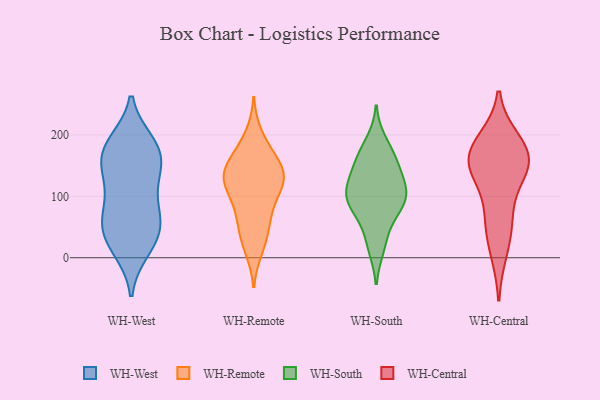
{"axis": {"x": "Shipments", "y": "Value"}, "legend": ["WH-Central", "WH-Remote", "WH-South", "WH-West"], "data": [{"x": "", "y": 96, "type": "WH-West"}, {"x": "", "y": 66, "type": "WH-West"}, {"x": "", "y": 149, "type": "WH-West"}, {"x": "", "y": 148, "type": "WH-West"}, {"x": "", "y": 53, "type": "WH-West"}, {"x": "", "y": 184, "type": "WH-West"}, {"x": "", "y": 181, "type": "WH-West"}, {"x": "", "y": 183, "type": "WH-West"}, {"x": "", "y": 44, "type": "WH-West"}, {"x": "", "y": 35, "type": "WH-West"}, {"x": "", "y": 115, "type": "WH-West"}, {"x": "", "y": 138, "type": "WH-West"}, {"x": "", "y": 188, "type": "WH-West"}, {"x": "", "y": 158, "type": "WH-West"}, {"x": "", "y": 51, "type": "WH-West"}, {"x": "", "y": 77, "type": "WH-West"}, {"x": "", "y": 13, "type": "WH-West"}, {"x": "", "y": 12, "type": "WH-West"}, {"x": "", "y": 69, "type": "WH-Remote"}, {"x": "", "y": 165, "type": "WH-Remote"}, {"x": "", "y": 145, "type": "WH-Remote"}, {"x": "", "y": 69, "type": "WH-Remote"}, {"x": "", "y": 88, "type": "WH-Remote"}, {"x": "", "y": 114, "type": "WH-Remote"}, {"x": "", "y": 44, "type": "WH-Remote"}, {"x": "", "y": 174, "type": "WH-Remote"}, {"x": "", "y": 128, "type": "WH-Remote"}, {"x": "", "y": 131, "type": "WH-Remote"}, {"x": "", "y": 150, "type": "WH-Remote"}, {"x": "", "y": 15, "type": "WH-Remote"}, {"x": "", "y": 128, "type": "WH-Remote"}, {"x": "", "y": 127, "type": "WH-Remote"}, {"x": "", "y": 199, "type": "WH-Remote"}, {"x": "", "y": 27, "type": "WH-Remote"}, {"x": "", "y": 123, "type": "WH-Remote"}, {"x": "", "y": 17, "type": "WH-South"}, {"x": "", "y": 74, "type": "WH-South"}, {"x": "", "y": 155, "type": "WH-South"}, {"x": "", "y": 29, "type": "WH-South"}, {"x": "", "y": 188, "type": "WH-South"}, {"x": "", "y": 113, "type": "WH-South"}, {"x": "", "y": 132, "type": "WH-South"}, {"x": "", "y": 162, "type": "WH-South"}, {"x": "", "y": 105, "type": "WH-South"}, {"x": "", "y": 81, "type": "WH-South"}, {"x": "", "y": 165, "type": "WH-South"}, {"x": "", "y": 104, "type": "WH-South"}, {"x": "", "y": 82, "type": "WH-South"}, {"x": "", "y": 121, "type": "WH-South"}, {"x": "", "y": 95, "type": "WH-South"}, {"x": "", "y": 65, "type": "WH-Central"}, {"x": "", "y": 178, "type": "WH-Central"}, {"x": "", "y": 190, "type": "WH-Central"}, {"x": "", "y": 162, "type": "WH-Central"}, {"x": "", "y": 57, "type": "WH-Central"}, {"x": "", "y": 140, "type": "WH-Central"}, {"x": "", "y": 11, "type": "WH-Central"}, {"x": "", "y": 138, "type": "WH-Central"}, {"x": "", "y": 149, "type": "WH-Central"}, {"x": "", "y": 170, "type": "WH-Central"}]}